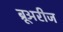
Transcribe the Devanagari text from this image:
ब्रूअरीज